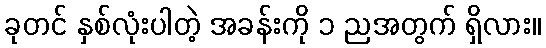
ခုတင် နှစ်လုံးပါတဲ့ အခန်းကို ၁ ညအတွက် ရှိလား။